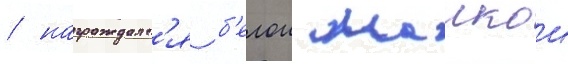
/ награждалс'я б'елои маикои